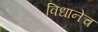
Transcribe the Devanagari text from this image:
विधानेच